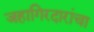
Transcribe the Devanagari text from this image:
जहागिरदारांचा